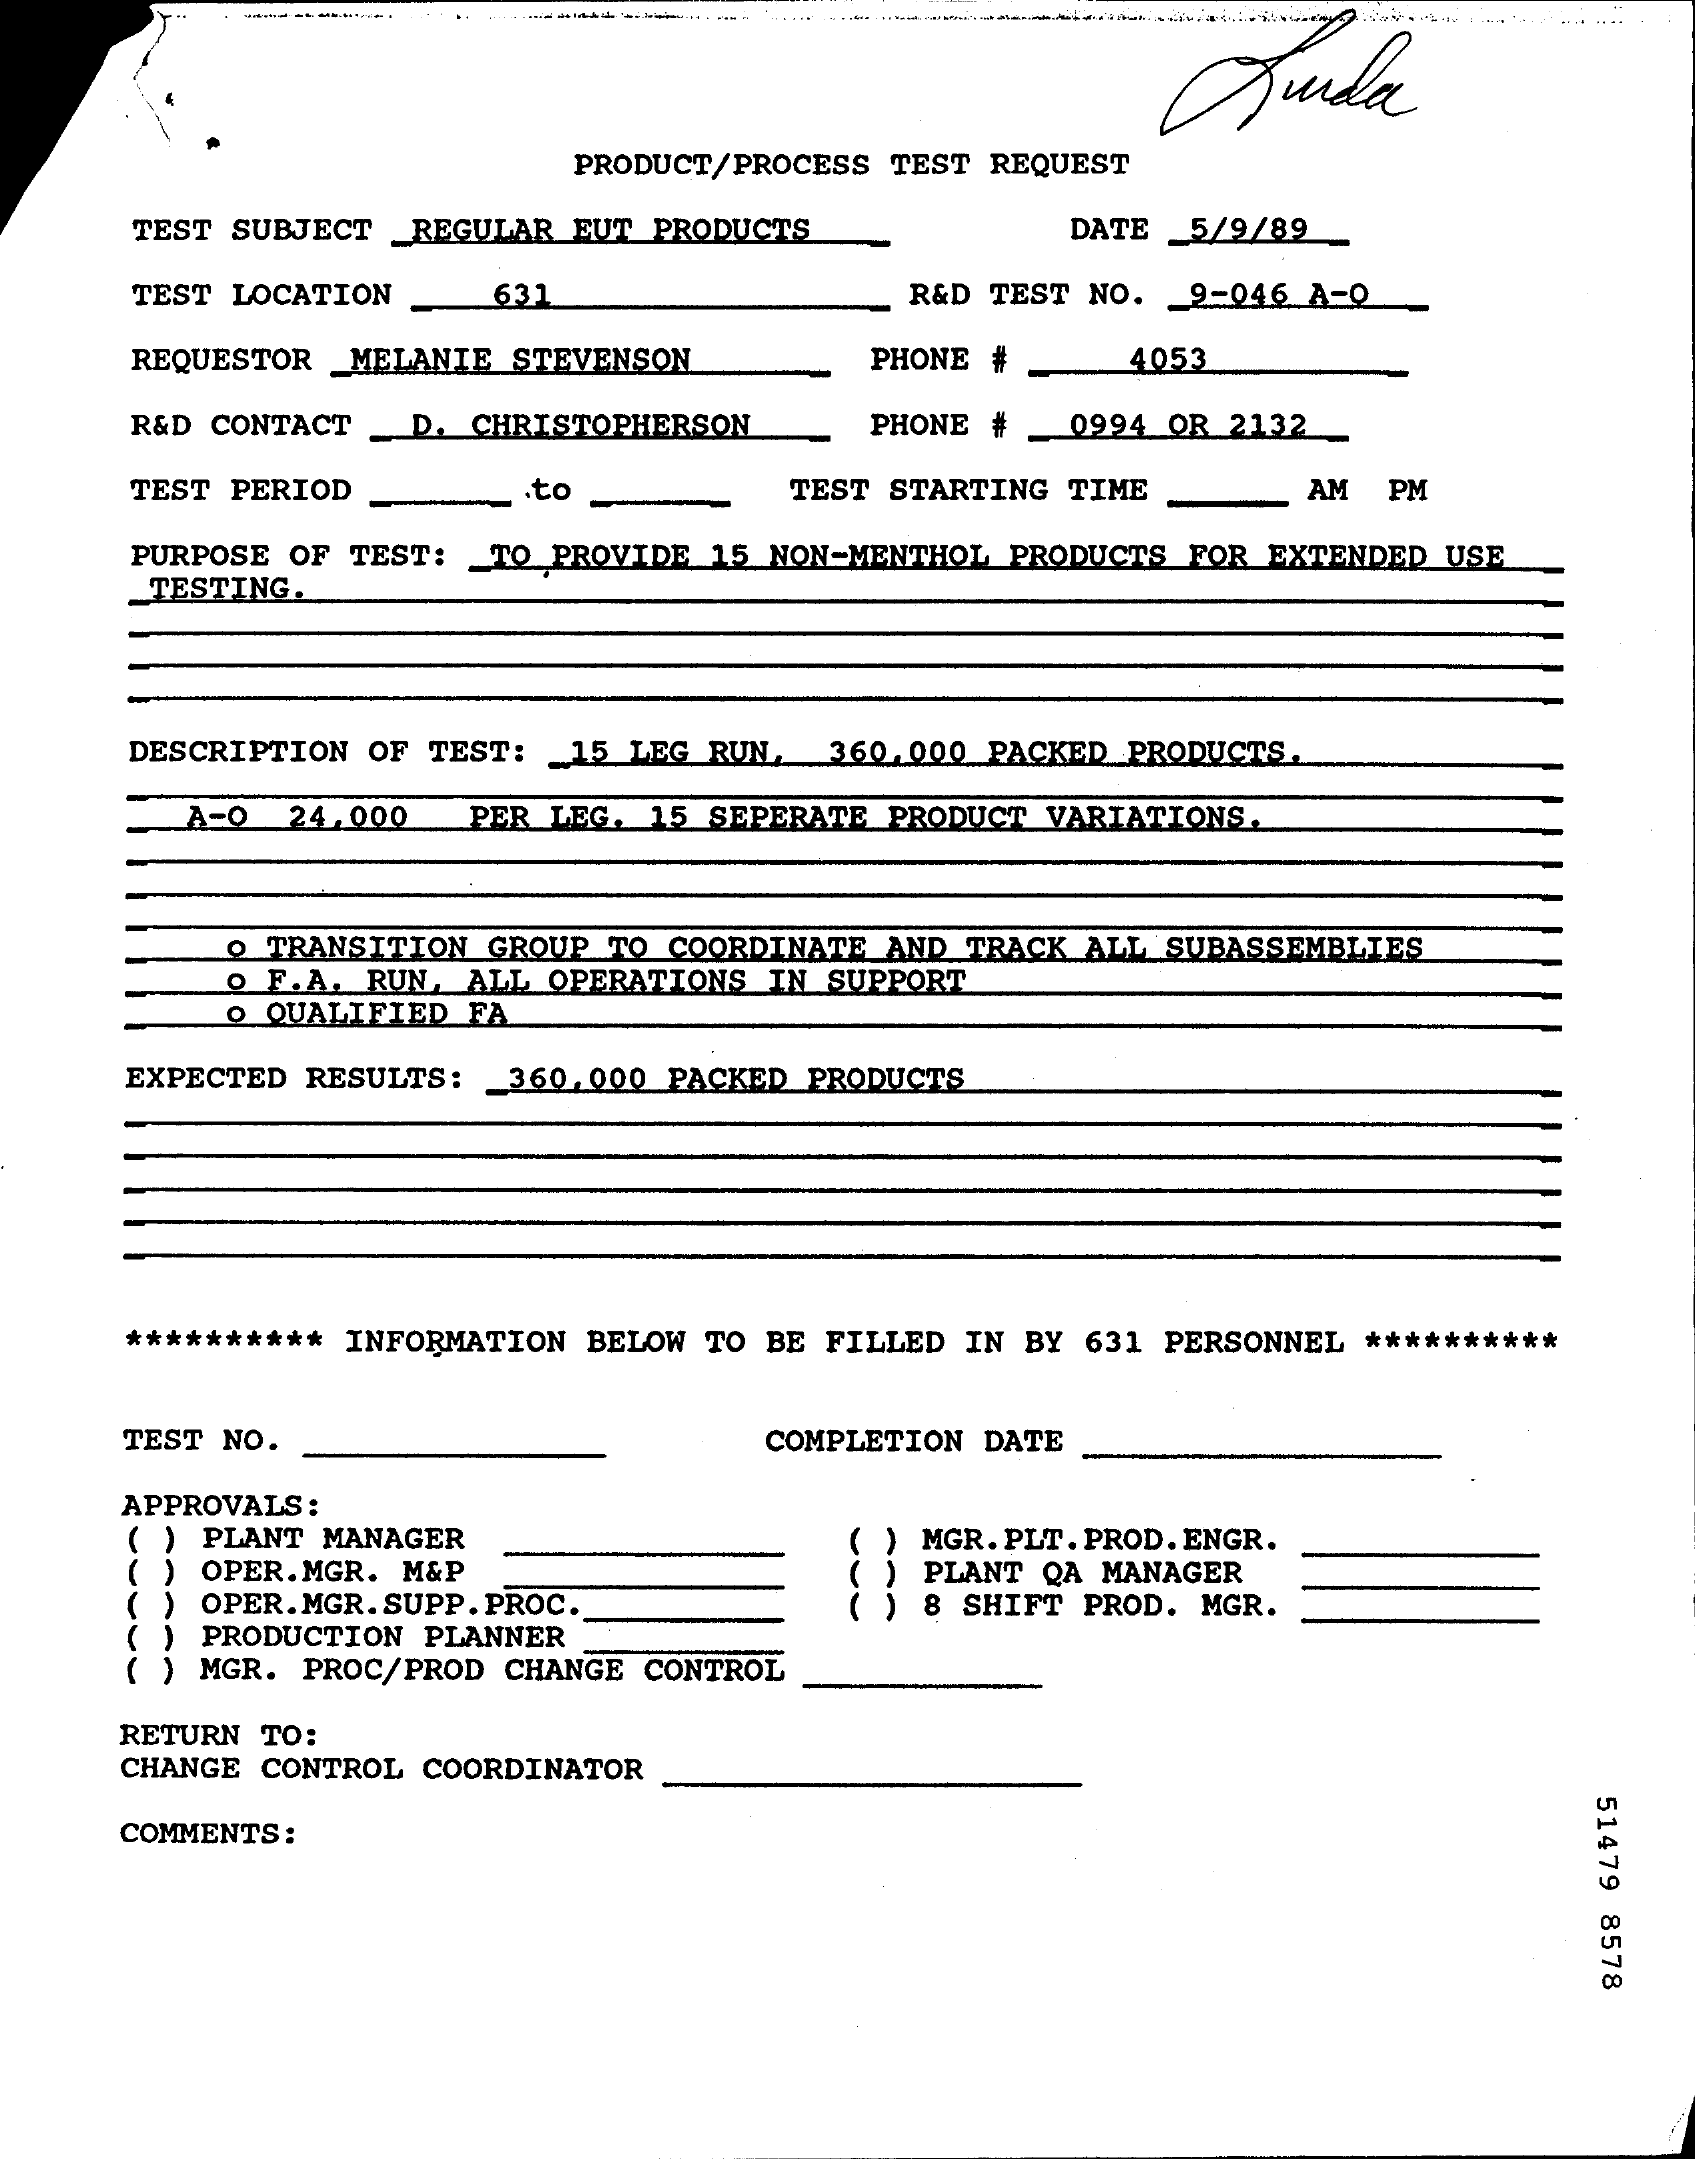
Juda
     ---- --
     PRODUCT/PROCESS TEST REQUEST
     TEST SUBJECT _REGULAR EUT PRODUCTS    DATE 5/9/89
     TEST LOCATION   631    R&D TEST NO. 9-046 A-Q
     REQUESTOR MELANIE STEVENSON    PHONE #    4053
     R&D CONTACT D. CHRISTOPHERSON   PHONE #  0994 OR 2132
     TEST PERIOD    .to    TEST STARTING TIME    AM  PM
     PURPOSE OF TEST: TO PROVIDE 15 NON-MENTHOL PRODUCTS FOR EXTENDED USE
     TESTING.
     DESCRIPTION OF TEST: 15 LEG RUN. 360.000 PACKED PRODUCTS.
     A-O  24.000  PER LEG. 15 SEPERATE PRODUCT VARIATIONS.
     o TRANSITION GROUP TO COORDINATE AND TRACK ALL SUBASSEMBLIES
     O F.A. RUN, ALL OPERATIONS IN SUPPORT
     O QUALIFIED FA
     EXPECTED RESULTS: 360.000 PACKED PRODUCTS
     ********** INFORMATION BELOW TO BE FILLED IN BY 631 PERSONNEL **********
     TEST NO.    COMPLETION DATE
     APPROVALS :
     PLANT MANAGER    MGR. PLT. PROD. ENGR.
     OPER. MGR. M&P
     OPER. MGR. SUPP. PROC.
     PLANT QA MANAGER
     PRODUCTION PLANNER
     8 SHIFT PROD. MGR.
     ( ) MGR. PROC/PROD CHANGE CONTROL
     RETURN TO:
     CHANGE CONTROL COORDINATOR
     51479
     8578
     COMMENTS :